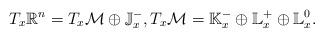
LaTeX: \begin{gather*}T_{x}\mathbb{R}^{n}=T_{x}\mathcal{M}\oplus\mathbb{J}_{x}^{-},T_{x}\mathcal{M}=\mathbb{K}_{x}^{-}\oplus\mathbb{L}_{x}^{+}\oplus\mathbb{L}_{x}^{0}.\end{gather*}